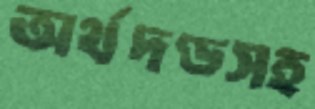
অর্থদণ্ডসহ